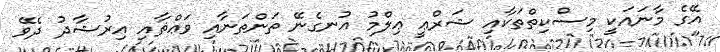
އޭގެ މާނައަކީ މިސްކިތްތަކާއި ޝަރްޢީ ޢިލްމު އުނގެނޭ ތަންތަނާއި ވަޢްޡާއި އިރުޝާދު ދެވޭ